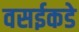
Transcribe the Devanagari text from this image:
वसईकडे